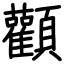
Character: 顴